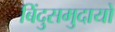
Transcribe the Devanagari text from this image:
बिंदुसमुदायों